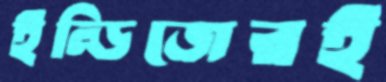
ইন্ডিজেরই